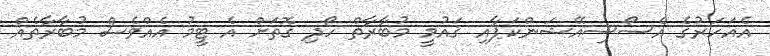
އެއަހަރުގެ އެސޯސިއޭޝަންކަޕާއި ޤައުމީ މުބާރާތް ހޯދި ގޮތަށް އެ ޓީމު އެއްވެސް މުބާރާތެއް